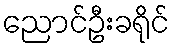
ညောင်ဦးခရိုင်